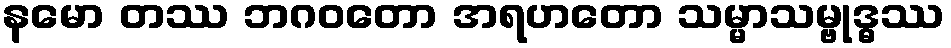
နမော တဿ ဘဂဝတော အရဟတော သမ္မာသမ္ဗုဒ္ဓဿ